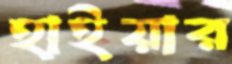
হাইয়ার